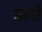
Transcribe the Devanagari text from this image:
कऐ